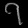
Digit: ၇